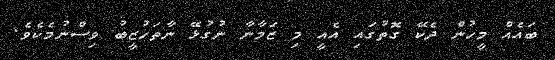
ބައެއް މީހުން ދެކޭ ގޮތުގައި އެއީ މި ޒަމާނާ ނުގުޅޭ ނާތަހުޒީބު ވިސްނުމެކެވެ.